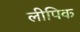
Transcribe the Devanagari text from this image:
लीपिक